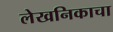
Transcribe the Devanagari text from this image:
लेखनिकाचा